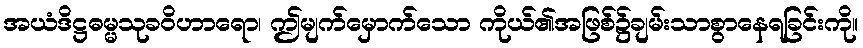
အယံဒိဋ္ဌဓမ္မသုခဝိဟာရော၊ ဤမျက်မှောက်သော ကိုယ်၏အဖြစ်၌ချမ်းသာစွာနေရခြင်းကို။